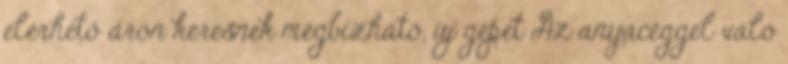
elérhető áron keresnek megbízható, új gépet Az anyacéggel való